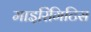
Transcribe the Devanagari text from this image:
माइरिंगिटिस